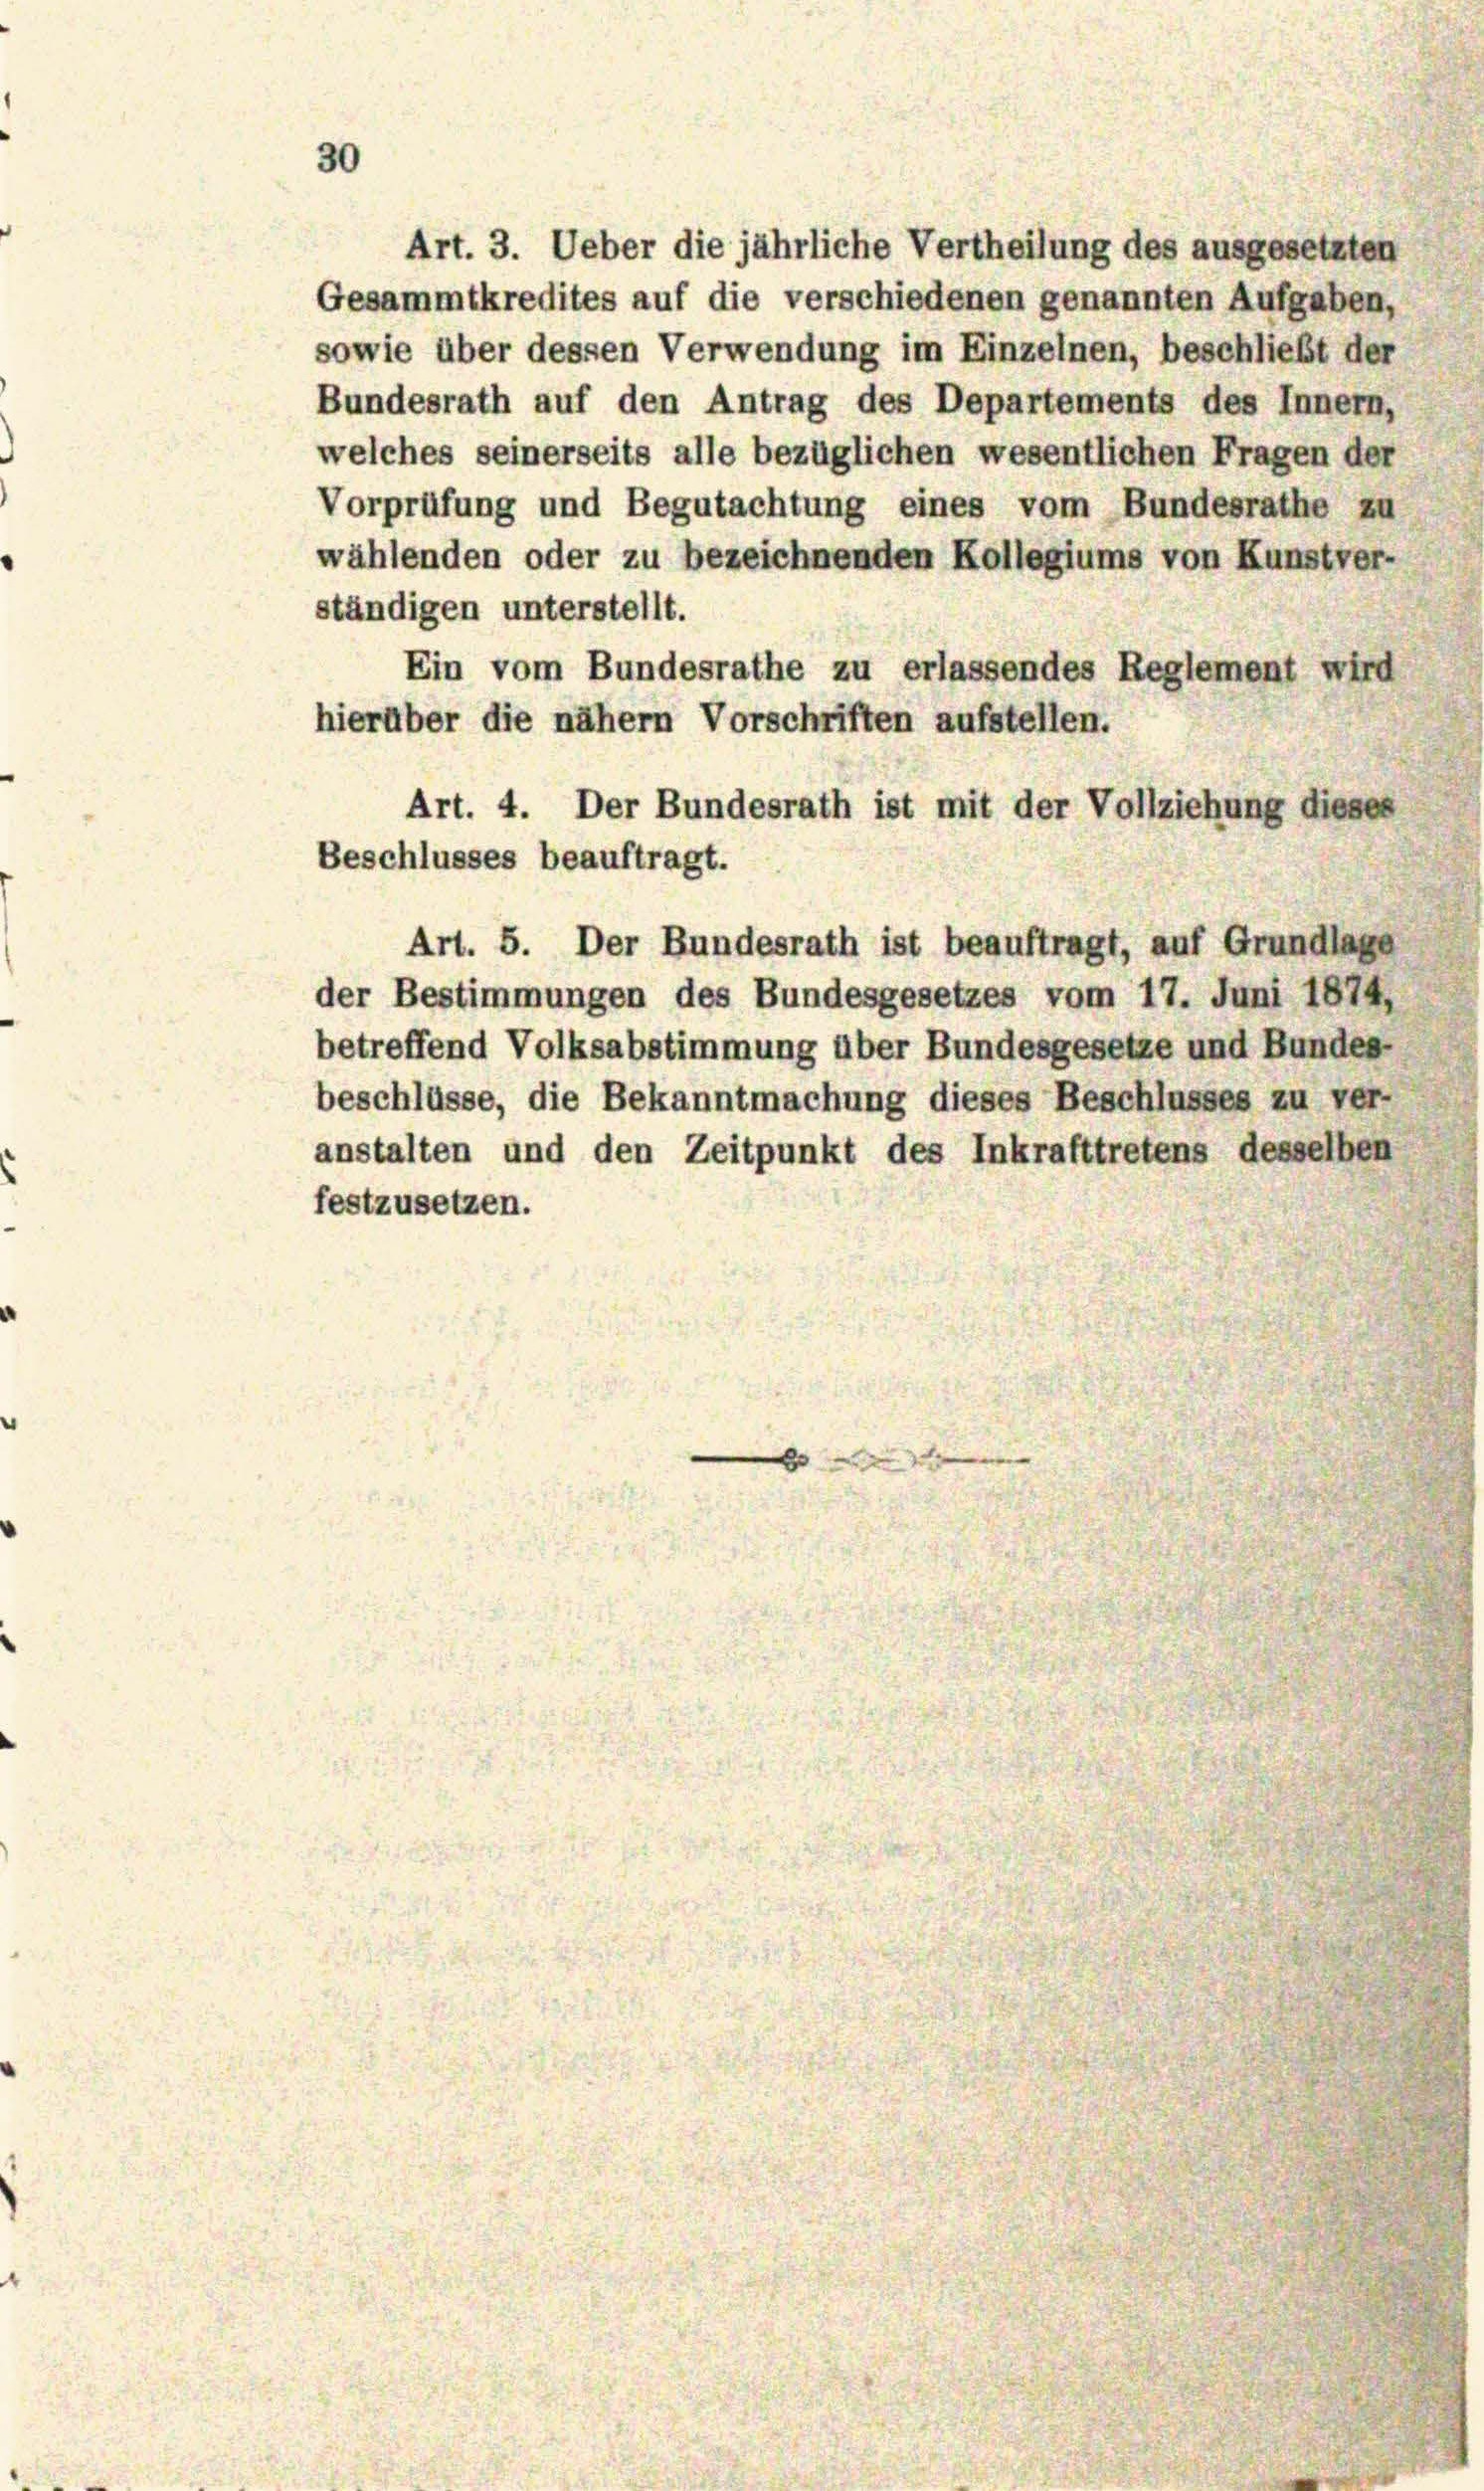
30

Art. 3. Ueber die jährliche Vertheilung des ausgesetzten
Gesammtkredites auf die verschiedenen genannten Aufgaben,
sowie über dessen Verwendung im Einzelnen, beschließt der
Bundesrath auf den Antrag des Departements des Innern,
welches seinerseits alle bezüglichen wesentlichen Fragen der
Vorprüfung und Begutachtung eines vom Bundesrathe zu
wählenden oder zu bezeichnenden Kollegiums von Kunstver-
ständigen unterstellt.
Ein vom Bundesrathe zu erlassendes Reglement wird
hierüber die nähern Vorschriften aufstellen.
Art. 4. Der Bundesrath ist mit der Vollziehung dieses
Beschlusses beauftragt.
Art. 5. Der Bundesrath ist beauftragt, auf Grundlage
der Bestimmungen des Bundesgesetzes vom 17. Juni 1874,
betreffend Volksabstimmung über Bundesgesetze und Bundes-
beschlüsse, die Bekanntmachung dieses Beschlusses zu ver-
anstalten und den Zeitpunkt des Inkrafttretens desselben
festzusetzen.